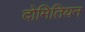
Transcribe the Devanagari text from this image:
दोमितियन